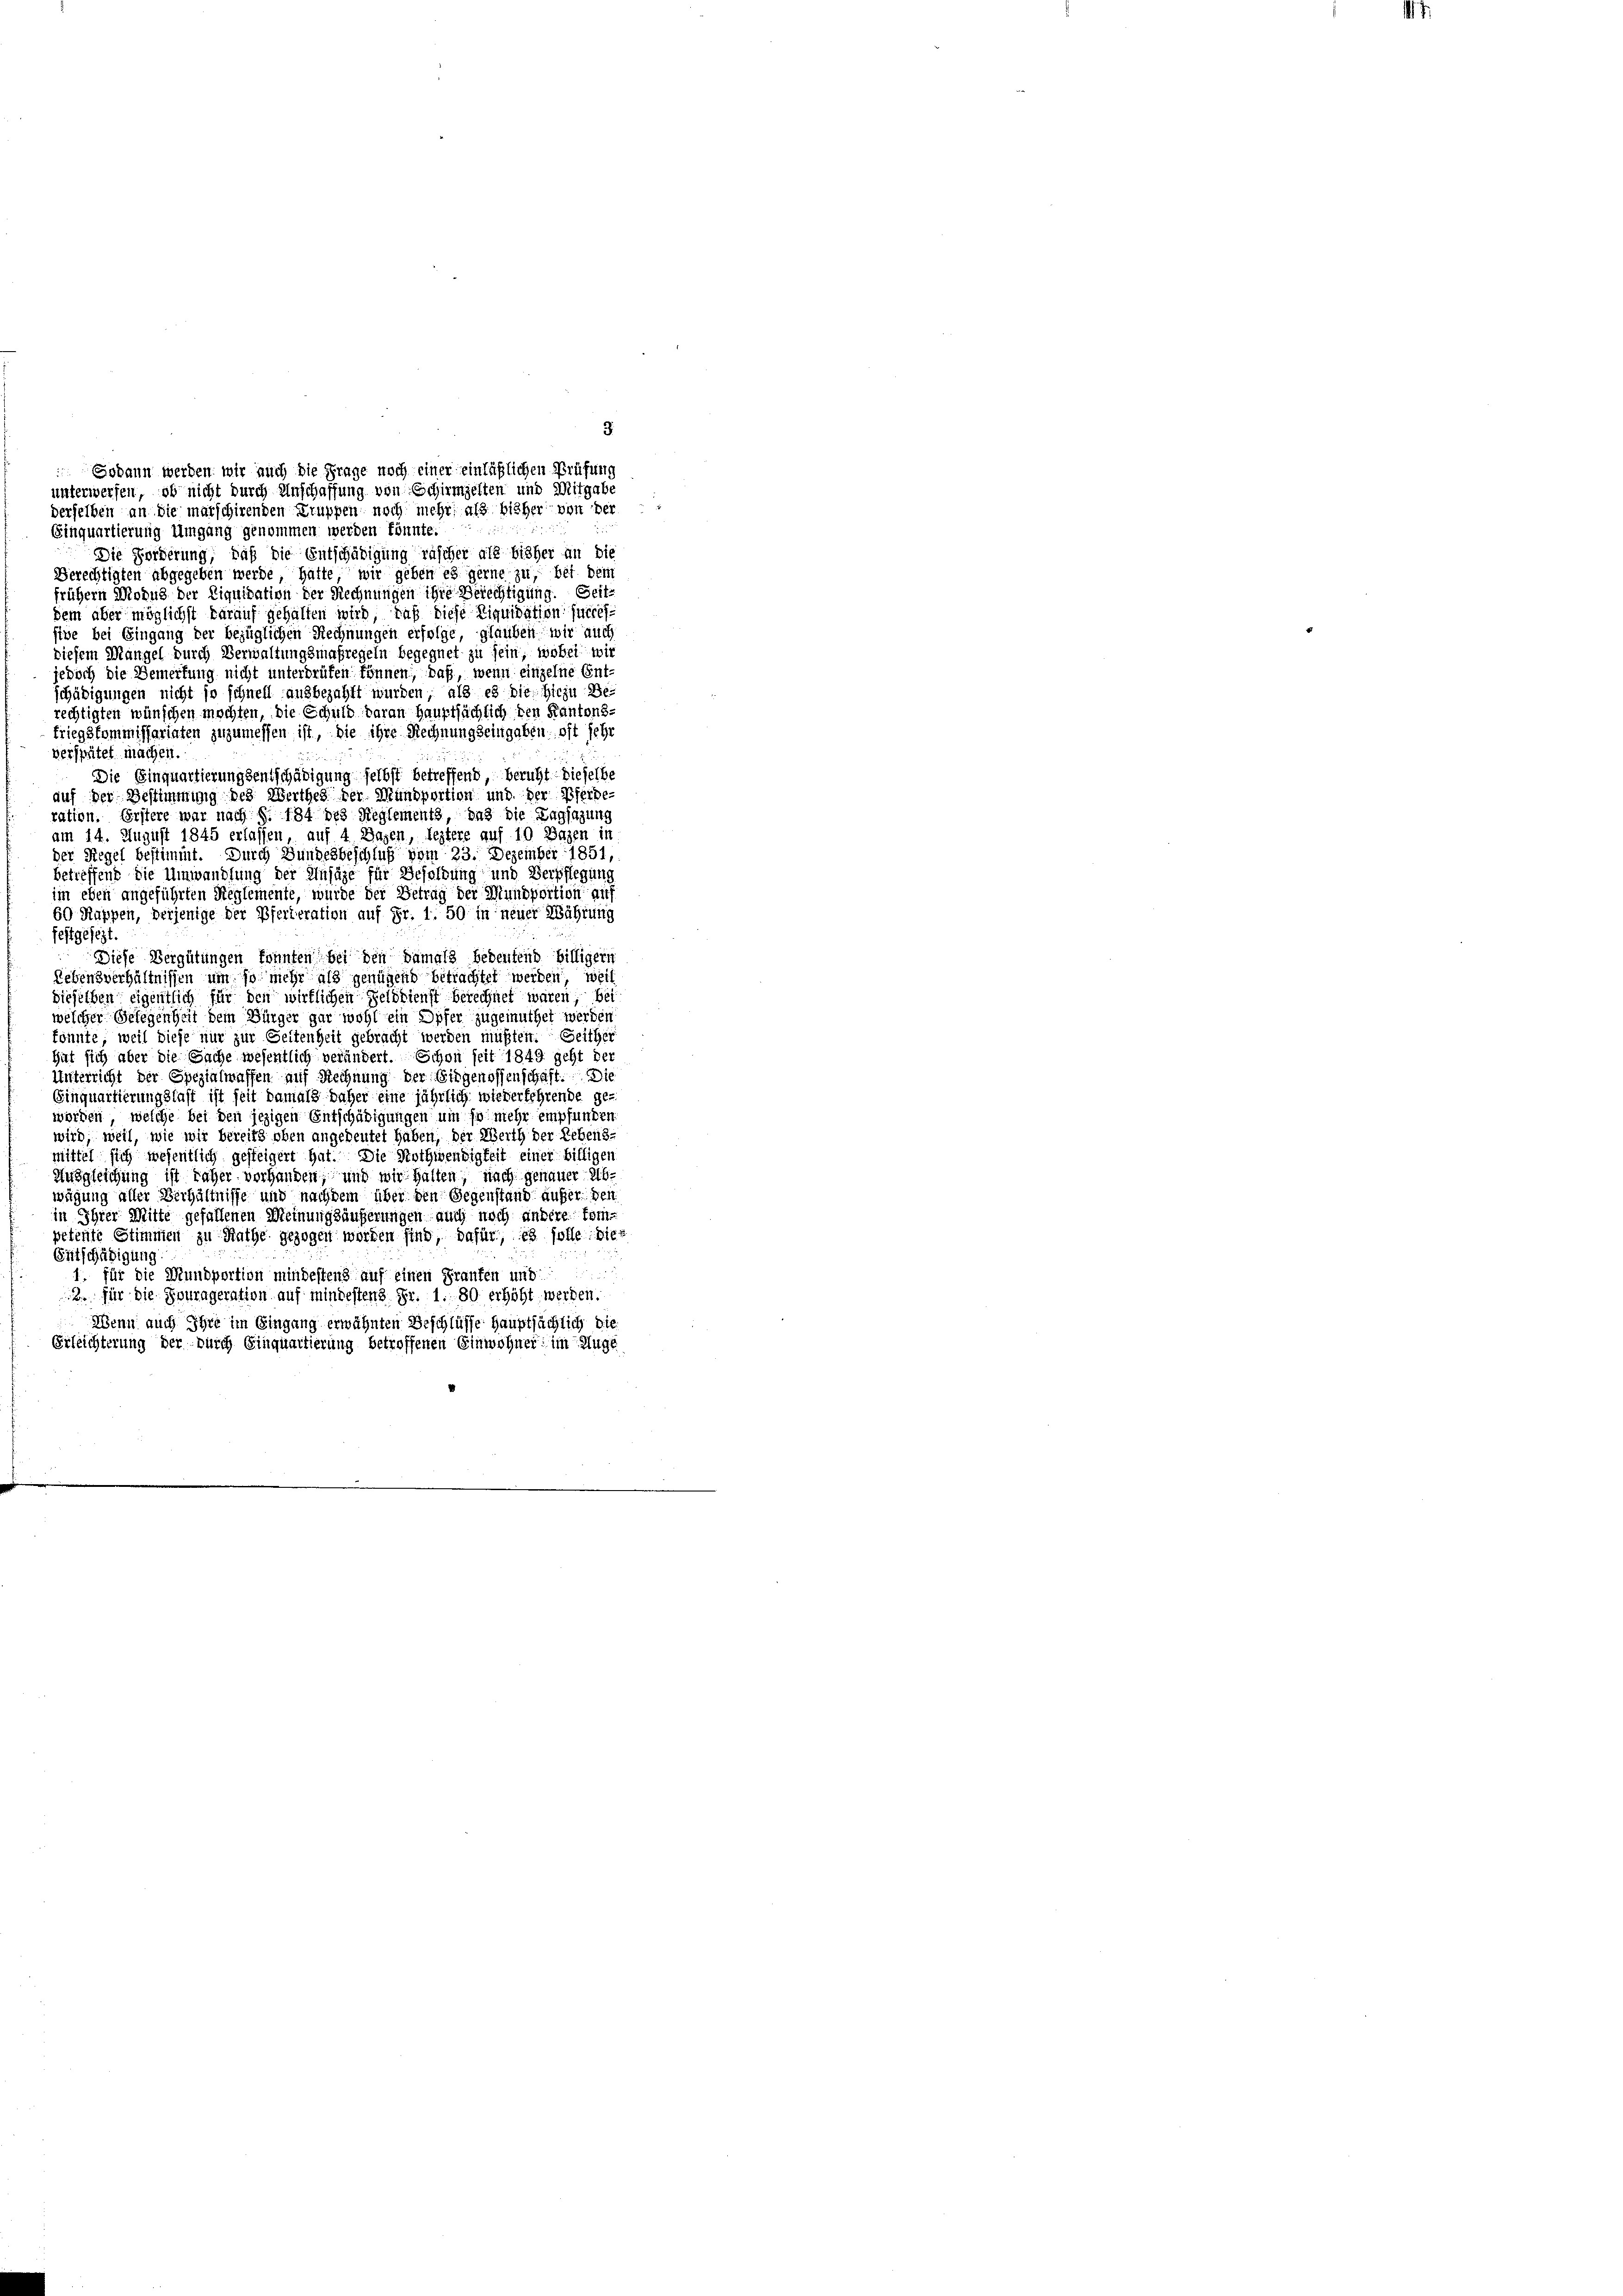
3.
Godann werden wir auch die Frage noch einer einläßlichen Prüfung
unterwerfen, ob nicht durch Unschaffung von Schirmgelten und Mitgabe
derselben an die marschirenden Eruppen noch mehr, als bisher von der
Einquartierung Umgang genommen werden könnte.
Die Forderung, daß die Entschädigung rascher als bisher an die
Berechtigten abgegeben werde, hätte wir geben es gerne zu, bei dem
früher Modus der Liquidation der Rechnungen ihre Berechtigung. Seite
dem aber möglichst darauf gehalten wird, daß diese Liquidation succes-
five bei Eingang der bezüglichen Rechnungen erfolge, glauben wir auch
Diesem Mangel durch Verwaltungsmaßregeln begegnet zu sein, wobei wi
jedoch die Bemerkung nicht unterbrüfen können, daß, wenn einzelne Ent-
schädigungen nicht so schnell ausbezahlt wurden, als es die hiezu de
rechtigten wünschen möchten, die Schuld daran hauptsächlich den Kantons-
kriegskommissariaten zuzumessen ist, die ihre Rechnung seingaben, oft sehr
verspätet machen.
Die Einquartierungsentschädigung selbst betreffend beruht dieselbe
auf der Bestimmung des Werthes der Mundportion und der Pferde-
ration. Erstere war nach §. 184 des Reglements, das die Tagsazung
am 14. August 1845 erlassen, auf 4 Bazen, leztere auf 10 Bazen in
der Regel bestimmt. Durch Bundesbeschluß vom 23. Dezember 1851,
betreffend die Umwandlung der Ansage für Besoldung und Verpflegung
in eben angeführten Reglemente, wurde der Betrag der Mundportion auf
60 Kappen, derjenige der Pferteration auf Fr. 1. 50 in neuer Währung
festgesezt.
Diese Vergütungen konnten bei den damals bedeutend billiger
Lebensverhältnissen um so mehr als genügend betrachtet werden, weil
dieselben eigentlich für den wirklichen Gelddienst berechnet waren, bei
welcher Gelegenheit dem Bürger gar wohl ein Opfer zugemuthet werden
könnte, weil diese nur zur Seitenheit gebracht werden müßten. Seither
hat sich aber die Sache wesentlich verändert. Schon seit 1849 geht der
Unterricht der Spezialwaffen auf Rechnung der Birgenossenschaft. Die
Einquartierungslast ist seit damals daher eine jährlich wiederfehrende ge-
worden, welche bei den jezigen Entschädigungen um so mehr empfunden
wird, weil, wie wir bereits oben angedeutet haben, der Werth der Rebens-
mittel sich wesentlich gesteigert hat. Die Nothwendigkeit einer billigen
Ausgleichung ist näher vorhanden, und mir halten, nach genauer Abwägung aller Verhältnisse und nachdem über den Gegenstand aufer der
in Ihrer Mitte gefallenen Meinungsäußerungen auch noch andere kompetente Stimmen zu Rathe gezogen worden sind, dafür, es solle die¬
Sitschädigung
1. für die Mundportion mindestens auf einen Franken und
2. für die Fourageration auf mindestens Fr. 1. 80 erhöht werden.
Wenn auch Ihre im Eingang erwähnten Beschlüsse hauptsächlich die
Erleichterung der durch Einquartierung betroffenen Einwohner im Auge

.